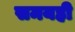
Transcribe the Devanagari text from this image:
समयही